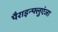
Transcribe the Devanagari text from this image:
पैराइन्फ्लुएंजा